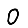
Digit: 0